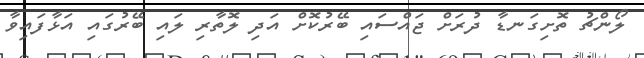
ލޯންޗު ތޮށިގަނޑާ ދުރަށް ޖައްސައި ބޭރުކޮށް އަދި ލޮތާރި ލައި ބޭރުގައި އަޅާފައިވާ